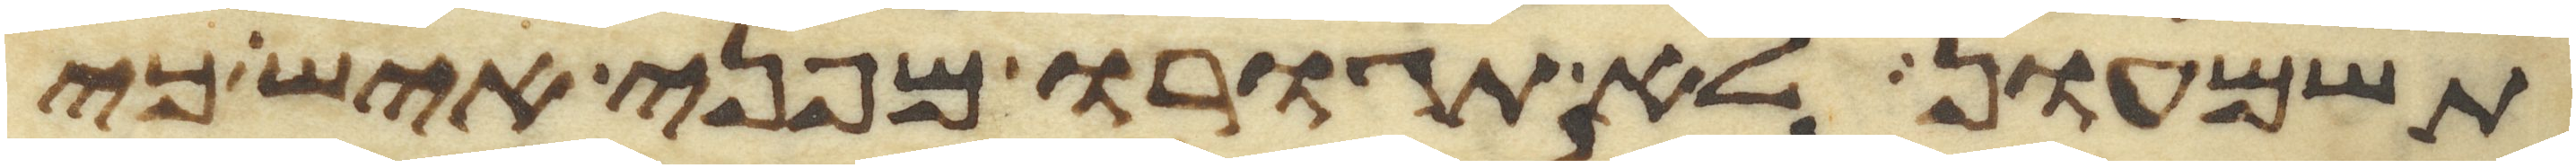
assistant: תשמעון לא תגורו מפני איש כי